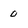
Character: 0